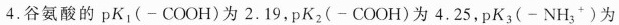
4.谷氨酸的 pK_{1}(-COOH)为2.19,pK_{2}(-COOH)为4.25,pK_{3}(-NH_{3}^{+})为